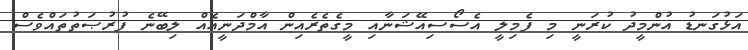
އަޅުގަނޑު އުންމީދު ކުރަނީ މި ފެމިލީ އެސޯސިއޭޝަނާއި މީގެތެރެއިން އާމްދަނީއެއް ލިބޭނެ ފުރުޞަތުތައްވެސް